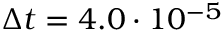
\Delta t = 4 . 0 \cdot 1 0 ^ { - 5 }